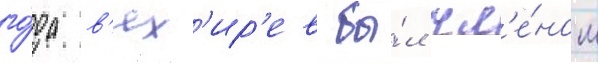
го́да в'ях'ир'ев бы́л чл'е́ном